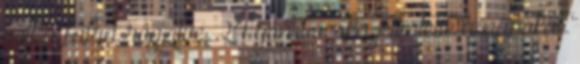
volt a falra rögzítve, 24 gombocska jelentette a napokat.